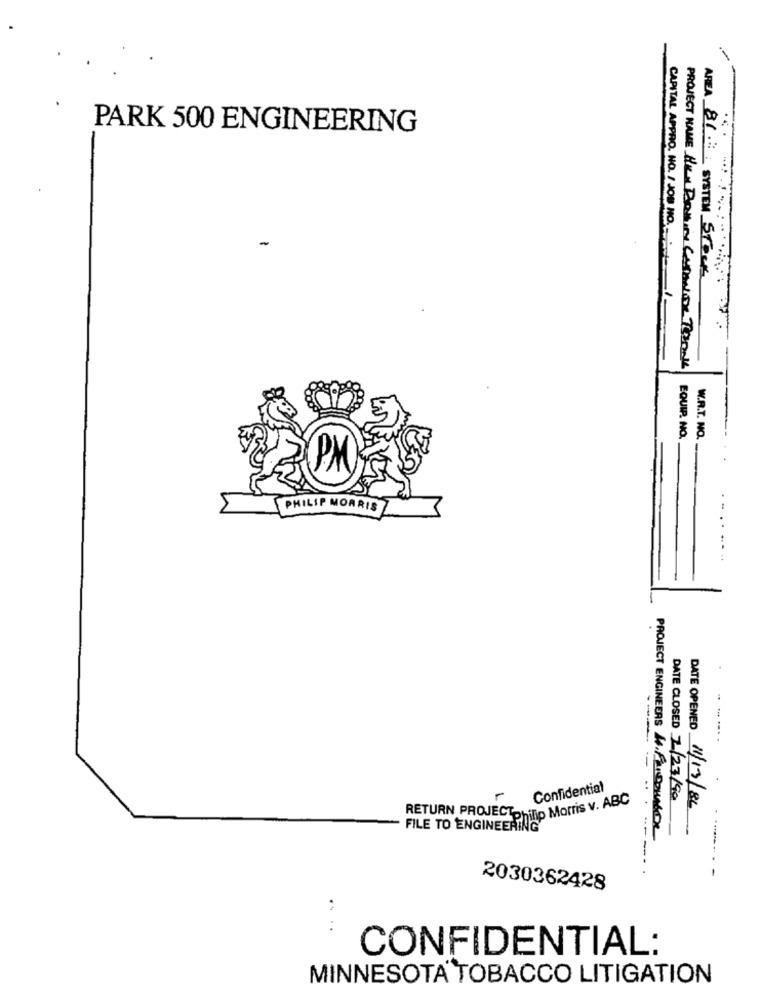
PARK 500 ENGINEERING
AREA 81. SYSTEM STOCK
CAPITAL APPRO. NO. /30. NO ._
PROJECT NAME HIN BOOKIN CASANIDE TOROOK
EQUIP. NO.
W.R.T. NO.
PM
PHILIP MORRIS
. .....
--- -.
Confidential
Philip Morris v. ABC
DATE CLOSED 2/23/90
RETURN PROJECT.
DATE OPENED 11/13/86
PROJECT ENGINEERS 4.FR,DOMAGE
FILE TO ENGINEERING
-----
2030362428
.. ..
CONFIDENTIAL:
MINNESOTA TOBACCO LITIGATION